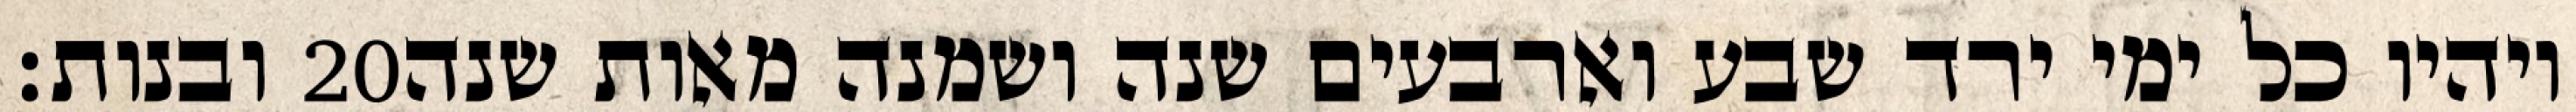
ובנות׃ ‎20‏ ויהיו כל ימי ירד שבע וארבעים שנה ושמנה מאות שנה